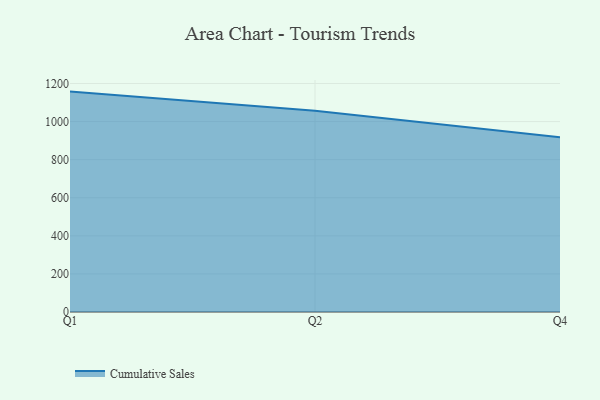
{"axis": {"x": "Quarter", "y": "Backlog"}, "legend": ["Cumulative Sales"], "data": [{"x": "Q1", "y": 1157.5, "type": "Cumulative Sales"}, {"x": "Q2", "y": 1056.8, "type": "Cumulative Sales"}, {"x": "Q4", "y": 917.6, "type": "Cumulative Sales"}]}